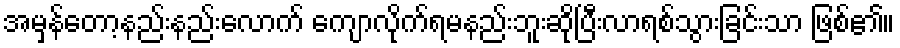
အမှန်တော့နည်းနည်းလောက် ကျောလိုက်ရမနည်းဘူးဆိုပြီးလာရစ်သွားခြင်းသာ ဖြစ်၏။